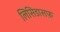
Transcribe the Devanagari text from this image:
लिसिडासफ़